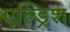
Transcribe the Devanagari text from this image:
एल्ड्रिश